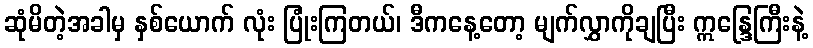
ဆုံမိတဲ့အခါမှ နှစ်ယောက် လုံး ပြုံးကြတယ်၊ ဒီကနေ့တော့ မျက်လွှာကိုချပြီး ဣန္ဒြေကြီးနဲ့